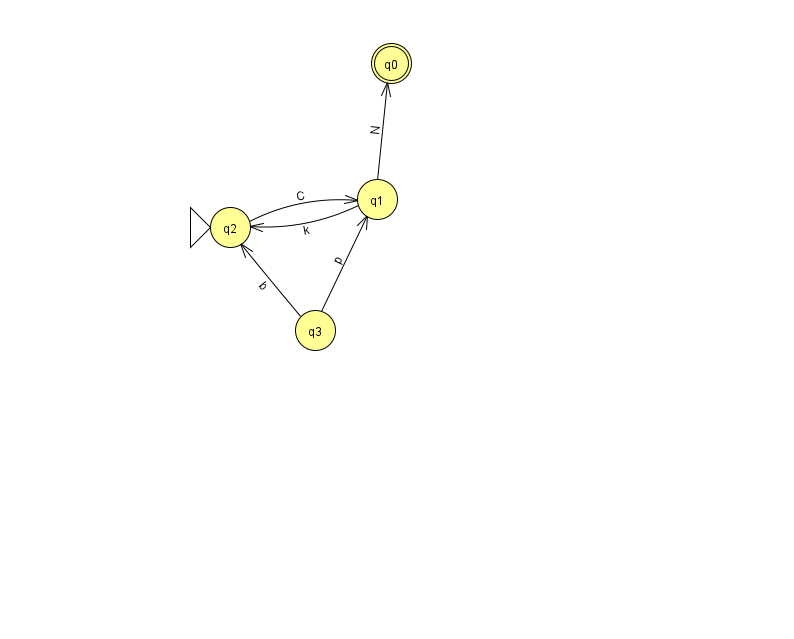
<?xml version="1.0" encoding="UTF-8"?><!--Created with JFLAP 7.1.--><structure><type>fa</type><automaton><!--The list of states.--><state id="0" name="q0"><x>391.0</x><y>50.0</y><final/></state><state id="1" name="q1"><x>377.0</x><y>186.0</y></state><state id="2" name="q2"><x>230.0</x><y>214.0</y><initial/></state><state id="3" name="q3"><x>315.0</x><y>317.0</y></state><!--The list of transitions.--><transition><from>3</from><to>2</to><read>b</read></transition><transition><from>2</from><to>1</to><read>C</read></transition><transition><from>3</from><to>1</to><read>p</read></transition><transition><from>1</from><to>0</to><read>N</read></transition><transition><from>1</from><to>2</to><read>k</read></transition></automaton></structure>